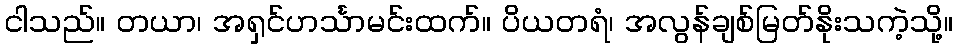
ငါသည်။ တယာ၊ အရှင်ဟင်္သာမင်းထက်။ ပိယတရံ၊ အလွန်ချစ်မြတ်နိုးသကဲ့သို့။